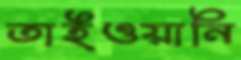
তাইওয়ানি